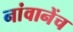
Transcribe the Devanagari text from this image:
नांवानेंच